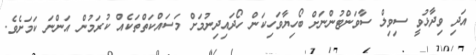
އަދި ވިދާޅުވީ ސިވިލް ސާވަންޓުންނަށް ބޯހިޔާވަހިކަން ހޯދައިދިނުމަށް މަސައްކަތްތަކެއް ކުރަމުން އަންނަ ކަމަށެވެ.